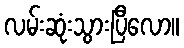
လမ်းဆုံးသွားပြီလော။